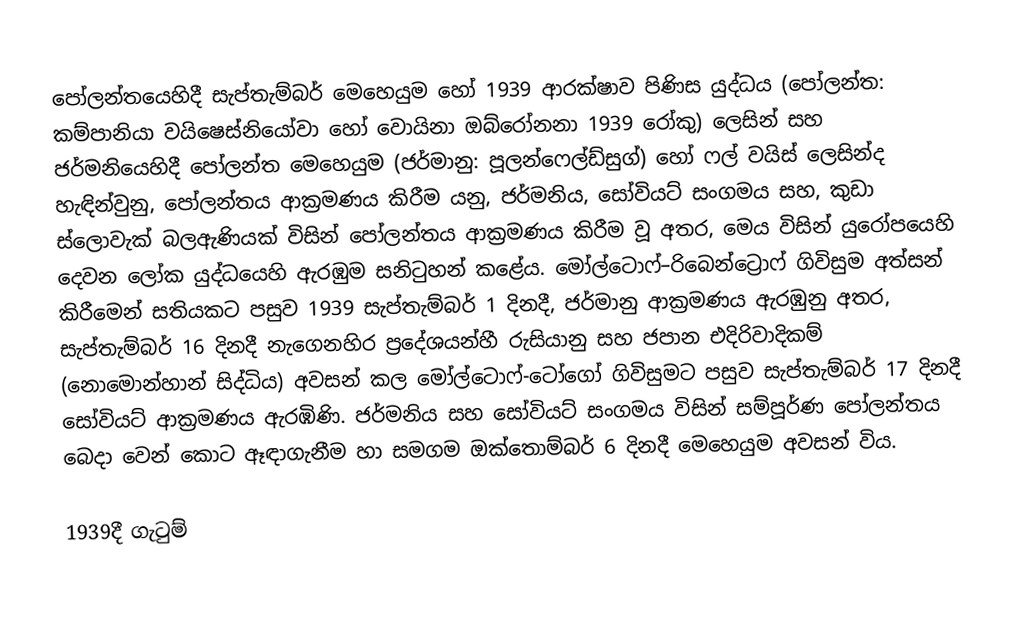
පෝලන්තයෙහිදී  සැප්තැම්බර් මෙහෙයුම හෝ 1939 ආරක්ෂාව පිණිස යුද්ධය (පෝලන්ත: කම්පානියා වයිෂෙස්නියෝවා හෝ වොයිනා ඔබ්රෝනනා 1939 රෝකු) ලෙසින් සහ ජර්මනියෙහිදී  පෝලන්ත මෙහෙයුම (ජර්මානු: පූලන්ෆෙල්ඩ්සුග්) හෝ ෆල් වයිස් ලෙසින්ද හැඳින්වුනු, පෝලන්තය ආක්‍රමණය කිරීම යනු, ජර්මනිය, සෝවියට් සංගමය සහ, කුඩා ස්ලොවැක් බලඇණියක් විසින් පෝලන්තය ආක්‍රමණය කිරීම වූ අතර, මෙය විසින්  යුරෝපයෙහි දෙවන ලෝක යුද්ධයෙහි ඇරඹුම සනිටුහන් කළේය. මෝල්ටොෆ්–රිබෙන්ට්‍රොෆ් ගිවිසුම අත්සන් කිරීමෙන් සතියකට පසුව 1939 සැප්තැම්බර් 1 දිනදී, ජර්මානු ආක්‍රමණය ඇරඹුනු අතර, සැප්තැම්බර් 16 දිනදී නැගෙනහිර ප්‍රදේශයන්හී රුසියානු සහ ජපාන එදිරිවාදිකම් (නොමොන්හාන් සිද්ධිය) අවසන් කල  මෝල්ටොෆ්-ටෝගෝ ගිවිසුමට පසුව සැප්තැම්බර් 17 දිනදී  සෝවියට් ආක්‍රමණය ඇරඹිණි.  ජර්මනිය සහ සෝවියට් සංගමය විසින්  සම්පූර්ණ පෝලන්තය බෙදා වෙන් කොට ඈඳාගැනීම හා සමගම ඔක්තොම්බර් 6 දිනදී මෙහෙයුම අවසන් විය.

1939දී ගැටුම්